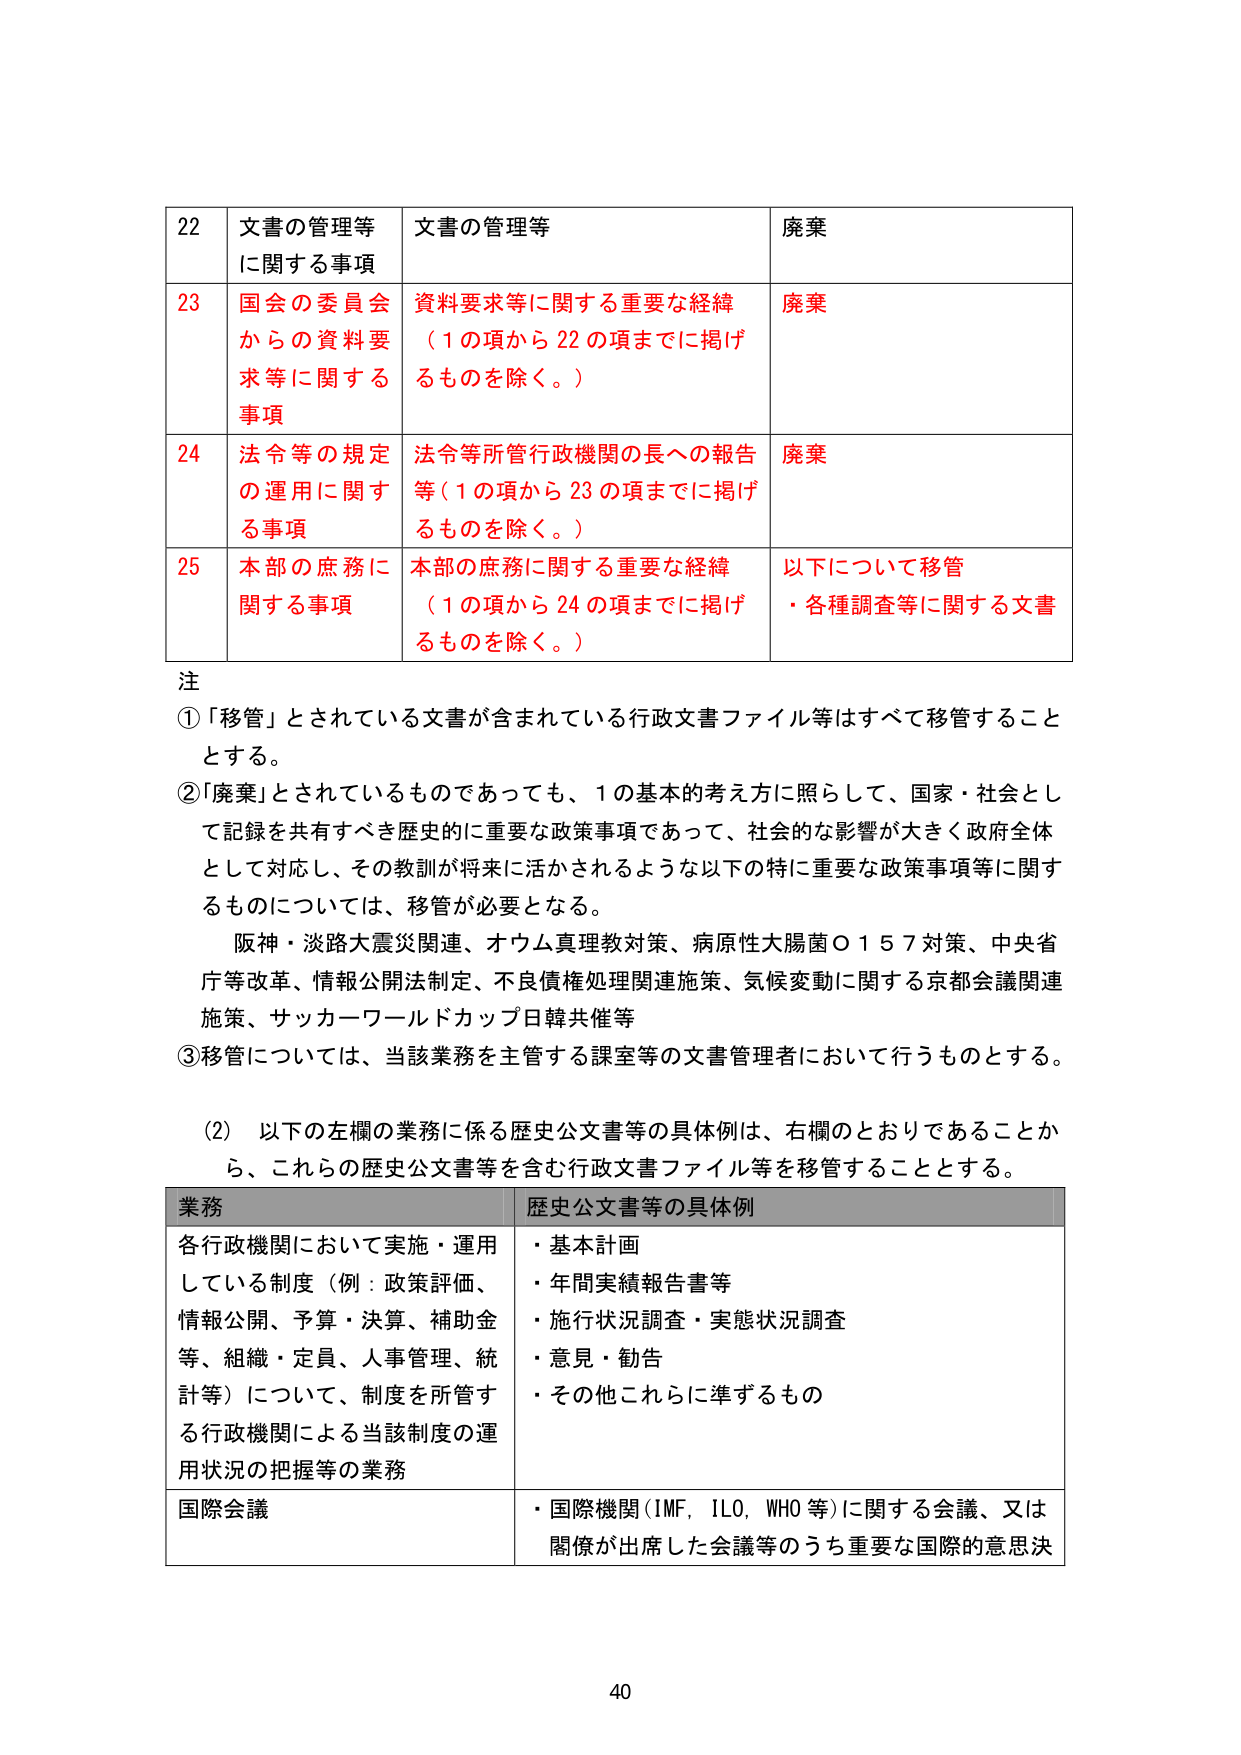
22 文書の管理等に関する事項 文書の管理等 廃棄
23 国会の委員会からの資料要求等に関する事項 資料要求等に関する重要な経緯（1の項から22の項までに掲げるものを除く。） 廃棄
24 法令等の規定の運用に関する事項 法令等所管行政機関の長への報告等（1の項から23の項までに掲げるものを除く。） 廃棄
25 本部の庶務に関する事項 本部の庶務に関する重要な経緯（1の項から24の項までに掲げるものを除く。） 以下について移管・各種調査等に関する文書

注
①「移管」とされている文書が含まれている行政文書ファイル等はすべて移管することとする。
②「廃棄」とされているものであっても、1の基本的考え方に照らして、国家・社会として記録を共有すべき歴史的に重要な政策事項であって、社会的な影響が大きく政府全体として対応し、その教訓が将来に活かされるような以下の特に重要な政策事項等に関するものについては、移管が必要となる。
阪神・淡路大震災関連、オウム真理教対策、病原性大腸菌O157対策、中央省庁等改革、情報公開法制定、不良債権処理関連施策、気候変動に関する京都会議関連施策、サッカーワールドカップ日韓共催等
③移管については、当該業務を主管する課室等の文書管理者において行うものとする。

（2）以下の左欄の業務に係る歴史公文書等の具体例は、右欄のとおりであることから、これらの歴史公文書等を含む行政文書ファイル等を移管することとする。

業務 歴史公文書等の具体例
各行政機関において実施・運用している制度（例：政策評価、情報公開、予算・決算、補助金等、組織・定員、人事管理、統計等）について、制度を所管する行政機関による当該制度の運用状況の把握等の業務
・基本計画
・年間実績報告書等
・施行状況調査・実態状況調査
・意見・勧告
・その他これらに準ずるもの

国際会議
・国際機関（IMF, ILO, WHO等）に関する会議、又は関係が出席した会議等のうち重要な国際的意思決

40